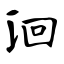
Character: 洄